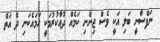
ނަފްސާނީ ބަލި އަކީ ވެސް ޖިންނި ކަމެއް ދުޢާކުރުމަކީ ހަމައެކަނި ދެ އަތް